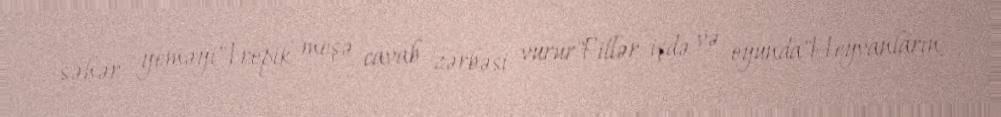
səhər yeməyi"Tropik meşə cavab zərbəsi vurur"Fillər işdə və oyunda"Heyvanların